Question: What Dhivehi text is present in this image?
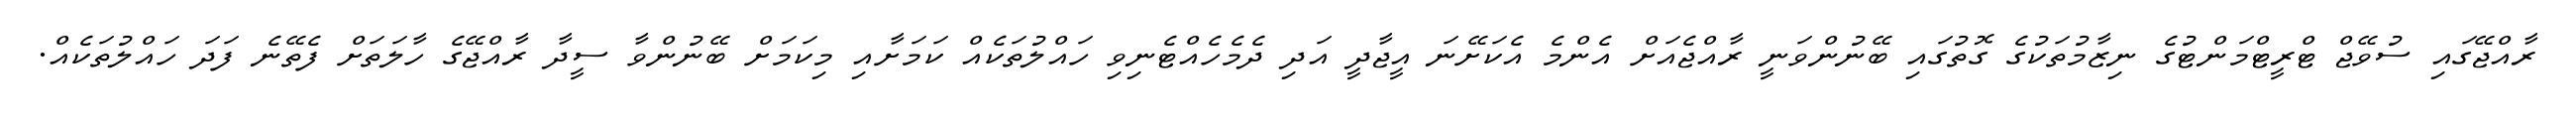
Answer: ރާއްޖޭގައި ސުވޭޖް ޓްރީޓްމަންޓުގެ ނިޒާމުތަކުގެ ގޮތުގައި ބޭނުންވަނީ ރާއްޖެއަށް އެންމެ އެކަށޭނަ އީޖާދީ އަދި ދެމެހެއްޓެނިވި ހައްލުތަކެއް ކަމަށާއި މިކަމަށް ބޭނުންވާ ސީދާ ރާއްޖޭގެ ހާލަތަށް ފެތޭނެ ފަދަ ހައްލުތަކެއް.